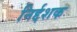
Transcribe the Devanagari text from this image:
निर्द्दशक